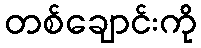
တစ်ချောင်းကို